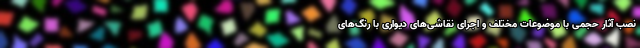
نصب آثار حجمی با موضوعات مختلف و اجرای نقاشی‌های دیواری با رنگ‌های